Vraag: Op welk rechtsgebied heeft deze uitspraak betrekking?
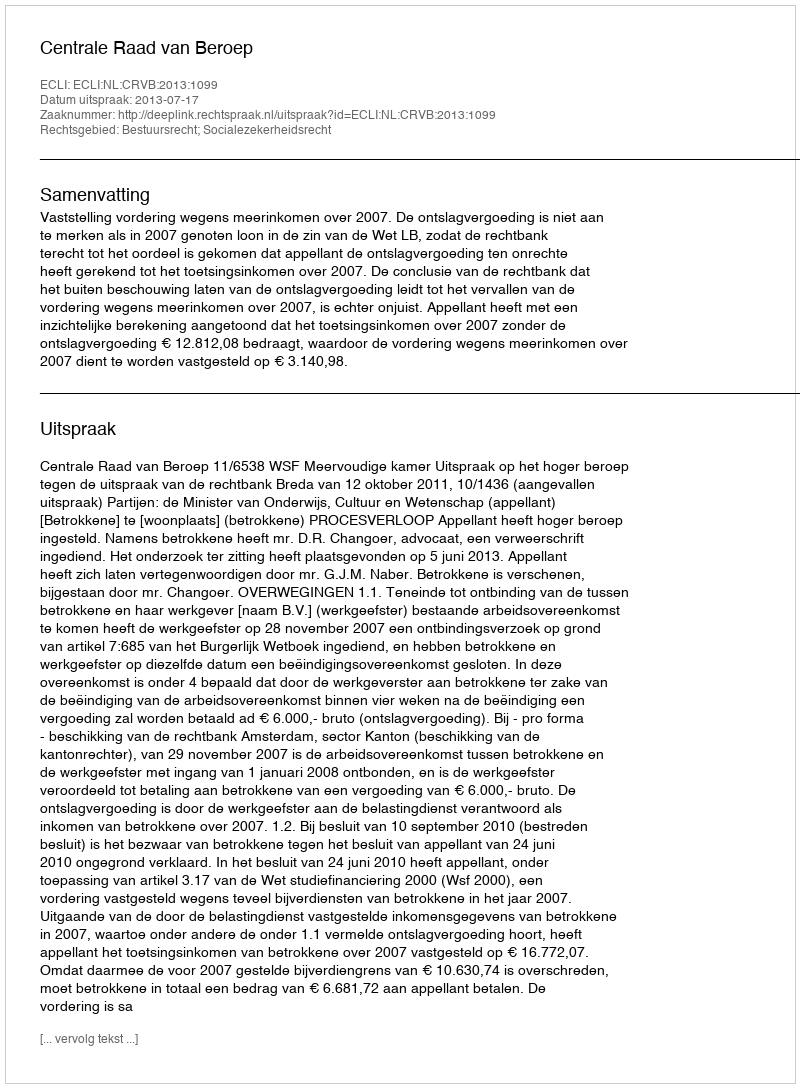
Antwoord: Bestuursrecht; Socialezekerheidsrecht